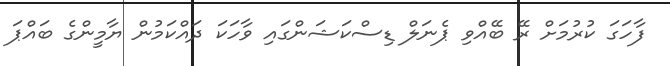
ފާހަގަ ކުރުމަށް ރޭ ބޭއްވި ޕެނަލް ޑިސްކަޝަންގައި ވާހަކަ ދައްކަމުން ޔާމީންގެ ބައްޕަ